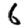
Digit: 6